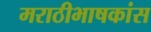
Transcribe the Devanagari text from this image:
मराठीभाषकांस